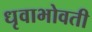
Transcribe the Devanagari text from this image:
धृवाभोवती